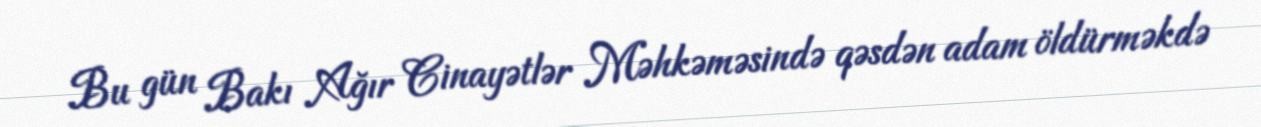
Bu gün Bakı Ağır Cinayətlər Məhkəməsində qəsdən adam öldürməkdə